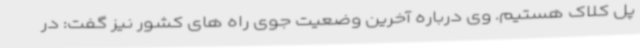
پل کلاک هستیم. وی درباره آخرین وضعیت جوی راه های کشور نیز گفت: در